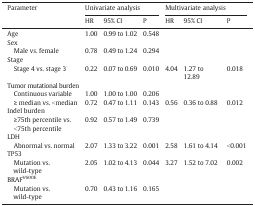
<table><thead><tr><td rowspan="2"><b>Parameter</b></td><td colspan="3"><b>Univariate analysis</b></td><td colspan="3"><b>Multivariate analysis</b></td></tr><tr><td><b>HR</b></td><td><b>95% CI</b></td><td><b>P</b></td><td><b>HR</b></td><td><b>95% CI</b></td><td><b>P</b></td></tr></thead><tbody><tr><td>Age</td><td>1.00</td><td>0.99 to 1.02</td><td>0.548</td><td></td><td></td><td></td></tr><tr><td>Sex</td><td></td><td></td><td></td><td></td><td></td><td></td></tr><tr><td> Male vs. female</td><td>0.78</td><td>0.49 to 1.24</td><td>0.294</td><td></td><td></td><td></td></tr><tr><td>Stage</td><td></td><td></td><td></td><td></td><td></td><td></td></tr><tr><td> Stage 4 vs. stage 3</td><td>0.22</td><td>0.07 to 0.69</td><td>0.010</td><td>4.04</td><td>1.27 to 12.89</td><td>0.018</td></tr><tr><td>Tumor mutational burden</td><td></td><td></td><td></td><td></td><td></td><td></td></tr><tr><td> Continuous variable</td><td>1.00</td><td>1.00 to 1.00</td><td>0.206</td><td></td><td></td><td></td></tr><tr><td> ≥ median vs. &lt;median</td><td>0.72</td><td>0.47 to 1.11</td><td>0.143</td><td>0.56</td><td>0.36 to 0.88</td><td>0.012</td></tr><tr><td>Indel burden</td><td></td><td></td><td></td><td></td><td></td><td></td></tr><tr><td> ≥75th percentile vs.</td><td rowspan="2">0.92</td><td rowspan="2">0.57 to 1.49</td><td rowspan="2">0.739</td><td rowspan="2"></td><td rowspan="2"></td><td rowspan="2"></td></tr><tr><td> &lt;75th percentile</td></tr><tr><td>LDH</td><td></td><td></td><td></td><td></td><td></td><td></td></tr><tr><td> Abnormal vs. normal</td><td>2.07</td><td>1.33 to 3.22</td><td>0.001</td><td>2.58</td><td>1.61 to 4.14</td><td>&lt;0.001</td></tr><tr><td>TP53</td><td></td><td></td><td></td><td></td><td></td><td></td></tr><tr><td> Mutation vs. wild-type</td><td>2.05</td><td>1.02 to 4.13</td><td>0.044</td><td>3.27</td><td>1.52 to 7.02</td><td>0.002</td></tr><tr><td>BRAF<sup>V600E</sup></td><td></td><td></td><td></td><td></td><td></td><td></td></tr><tr><td> Mutation vs. wild-type</td><td>0.70</td><td>0.43 to 1.16</td><td>0.165</td><td></td><td></td><td></td></tr></tbody></table>